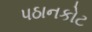
પઠાનકોટ